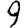
Digit: 9